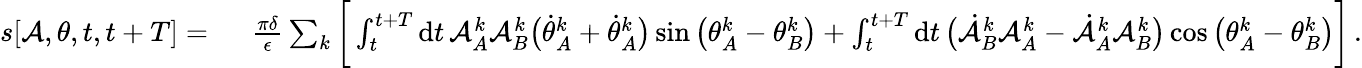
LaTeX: \begin{array}{rl}{s[\mathcal{A},\theta,t,t+T]=~}&{{}\frac{\pi\delta}{\epsilon}\sum_{k}\bigg[\int_{t}^{t+T}\mathrm{d}t\, \mathcal{A}_{A}^{k}\mathcal{A}_{B}^{k}\big(\dot{\theta}_{A}^{k}+\dot{\theta}_{A}^{k}\big)\sin\big(\theta_{A}^{k}-\theta_{B}^{k}\big)+\int_{t}^{t+T}\mathrm{d}t\, \big(\dot{\mathcal{A}}_{B}^{k}\mathcal{A}_{A}^{k}-\dot{\mathcal{A}}_{A}^{k}\mathcal{A}_{B}^{k}\big)\cos\big(\theta_{A}^{k}-\theta_{B}^{k}\big)\bigg]\, .}\end{array}